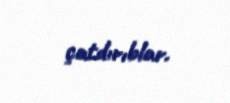
çatdırıblar.